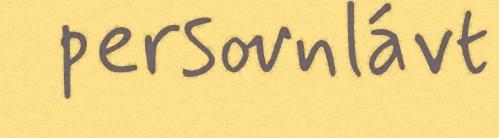
persovnlávt